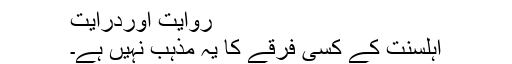
روایت اوردرایت
اہلسنت کے کسی فرقے کا یہ مذہب نہیں ہے۔